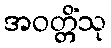
အဝတ္တိံသု